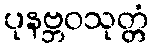
ပုနဗ္ဘဝသုတ္တံ